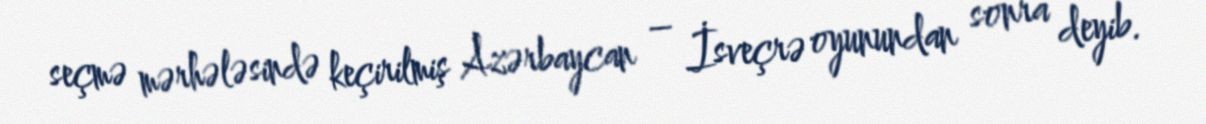
seçmə mərhələsində keçirilmiş Azərbaycan – İsveçrə oyunundan sonra deyib.